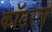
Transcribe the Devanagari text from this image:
कॉटरल